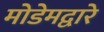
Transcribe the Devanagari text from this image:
मोडेमद्वारे